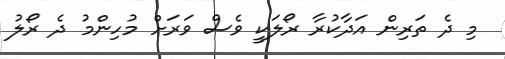
މި ދެ ތަރިން އަދާކުރާ ރޯލަކީ ވެސް ވަރަށް މުހިންމު ދެ ރޯލު